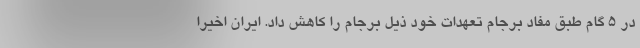
در ۵ گام طبق مفاد برجام تعهدات خود ذیل برجام را کاهش داد. ایران اخیراً